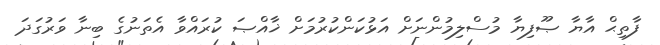
ފާތިޙް އާޔާ ޞޫފިޔާ މުސްލިމުންނަށް އަޅުކަންކުރުމަށް ޚާއްޞަ ކުރައްވާ އެތަނުގެ ބިނާ ވަރުގަދަ